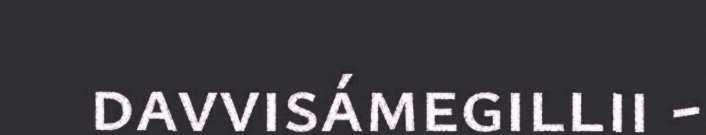
davvisámegillii -